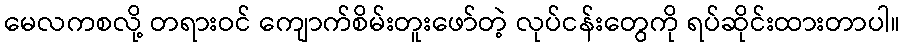
မေလကစလို့ တရားဝင် ကျောက်စိမ်းတူးဖော်တဲ့ လုပ်ငန်းတွေကို ရပ်ဆိုင်းထားတာပါ။